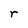
Character: r